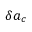
\delta \boldsymbol { a } _ { c }